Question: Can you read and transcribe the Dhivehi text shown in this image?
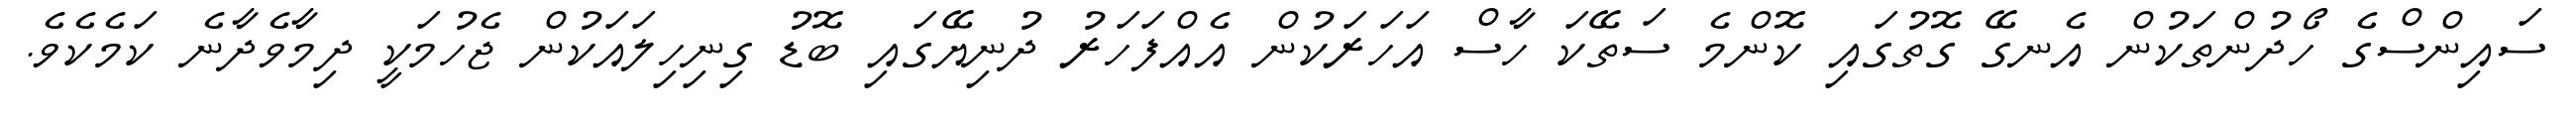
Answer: ސައިންސްގެ ހޯދުންތަކުން އެނގޭ ގޮތުގައި ކޮންމެ ސަތޭކަ ހާސް އަހަރަކުން އެއްފަހަރު ދުނިޔޭގައި ބޮޑު ގިނިހިލައަކުން ޖެހުމަކީ ދިމާވެދާނެ ކަމެކެވެ.